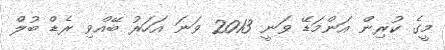
މީގެ ކުރިން އަންމަޑޭ ވަނީ 2013 ވަނަ އަހަރު ބޭއްވި ރެޑް ބުލް